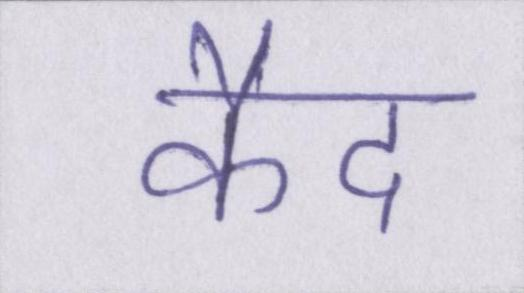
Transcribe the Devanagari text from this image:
कैद